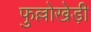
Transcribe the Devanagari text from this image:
फुल्लोखेड़ी